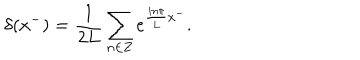
LaTeX: \delta ( x ^ { - } ) = \frac { 1 } { 2 L } \sum _ { n \in { \bf Z } } e ^ { \frac { i n \pi } { L } x ^ { - } } .